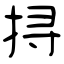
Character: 挦